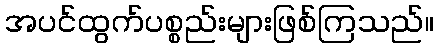
အပင်ထွက်ပစ္စည်းများဖြစ်ကြသည်။